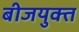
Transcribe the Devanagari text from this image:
बीजयुक्त